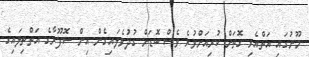
މޫނުގައި އަތްއެޅި ގޮތަށް ކުރިއަށްވުރެ ވެސް ބޮޑަށް ގުދުވެލައިގެން އިން ސޮފޫރާގެ އަތްތިލައިގެ